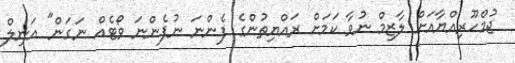
ޖުމްހޫރިއްޔާއަށް ލާޒިމް ނުވާ ކަމަށް ރައްޔިތުންގެ ފެންނަ ނުފެންނަ ވޯޓެއް ނަގަން" އަނިލް